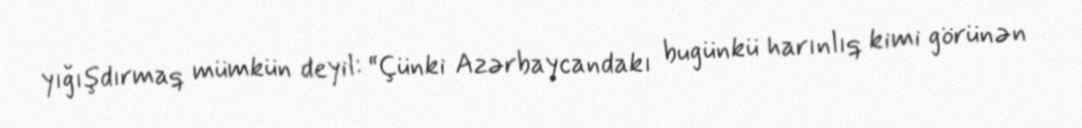
yığışdırmaq mümkün deyil: “Çünki Azərbaycandakı bugünkü harınlıq kimi görünən